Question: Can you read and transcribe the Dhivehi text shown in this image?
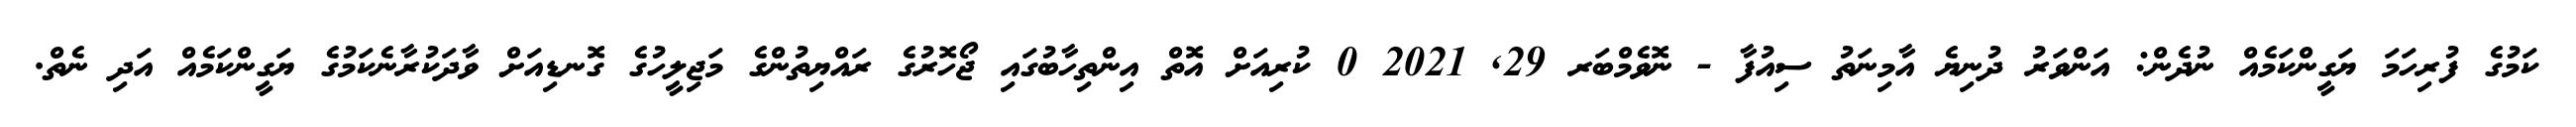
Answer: ކަމުގެ ފުރިހަމަ ޔަގީންކަމެއް ނުދެން: އަންވަރު ދުނިޔެ އާމިނަތު ސިއުފާ - ނޮވެމްބަރ 29, 2021 0 ކުރިއަށް އޮތް އިންތިހާބުގައި ޖޯހޮރުގެ ރައްޔިތުންގެ މަޖިލީހުގެ ގޮނޑިއަށް ވާދަކުރާނެކަމުގެ ޔަގީންކަމެއް އަދި ނެތް.